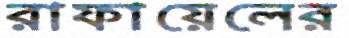
রাফায়েলের